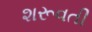
શરૂવતી